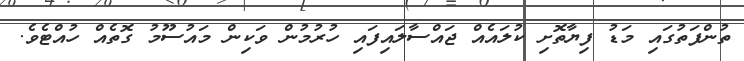
ތުންފަތުގައި މަޑު ފިޔާތޮށި ކުލައެއް ޖައްސާލައިފައި ހުރުމުން ވަކިން މައުސޫމު ގޮތެއް ހުއްޓެވެ.